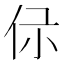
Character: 𠇡